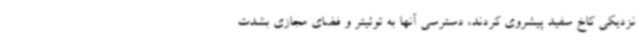
نزدیکی کاخ سفید پیشروی کردند، دسترسی آنها به توئیتر و فضای مجازی بشدت